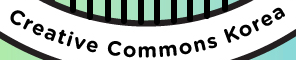
Creative commons korea